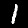
Label: 1